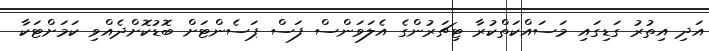
އަދި އިތުރު ގަޑިގައި މަސައްކަތްކުރާ ޓިޗަރުންގެ އެލަވަންސް ފަސް ޕަސެންޓަށް ބޮޑުކޮށްދެއްވި ކަމަށްޓަކާ